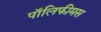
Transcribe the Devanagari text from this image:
पॉलिफीमस